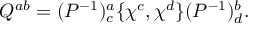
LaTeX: Q ^ { a b } = ( P ^ { - 1 } ) _ { c } ^ { a } \{ \chi ^ { c } , \chi ^ { d } \} ( P ^ { - 1 } ) _ { d } ^ { b } .